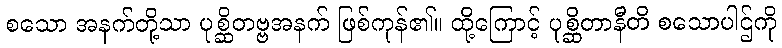
စသော အနက်တို့သာ ပုစ္ဆိတဗ္ဗအနက် ဖြစ်ကုန်၏။ ထို့ကြောင့် ပုစ္ဆိတာနီတိ စသောပါဌ်ကို